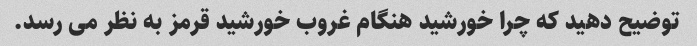
توضیح دهید که چرا خورشید هنگام غروب خورشید قرمز به نظر می رسد.